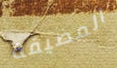
المضيفة